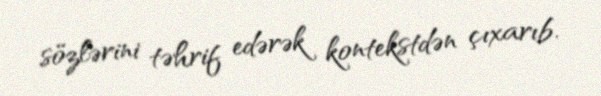
sözlərini təhrif edərək kontekstdən çıxarıb.